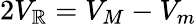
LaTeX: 2V_{\mathbb{R}}=V_{M}-V_{m}